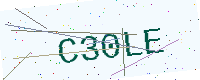
Text: C30LE